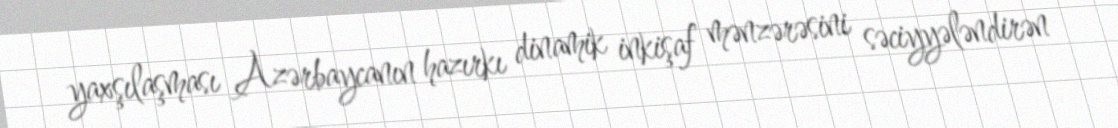
yaxşılaşması Azərbaycanın hazırkı dinamik inkişaf mənzərəsini səciyyələndirən